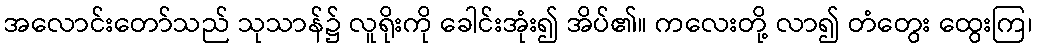
အလောင်းတော်သည် သုသာန်၌ လူရိုးကို ခေါင်းအုံး၍ အိပ်၏။ ကလေးတို့ လာ၍ တံတွေး ထွေးကြ၊